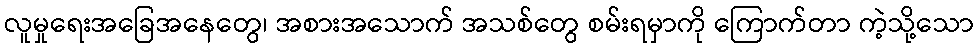
လူမှုရေးအခြေအနေတွေ၊ အစားအသောက် အသစ်တွေ စမ်းရမှာကို ကြောက်တာ ကဲ့သို့သော